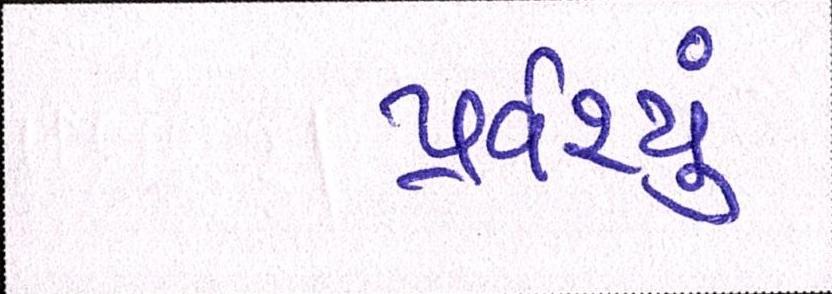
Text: પ્રવેશ્યું